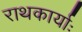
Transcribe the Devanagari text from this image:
राथकार्याः